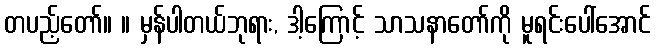
တပည့်တော်။ ။ မှန်ပါတယ်ဘုရား, ဒါ့ကြောင့် သာသနာတော်ကို မူရင်းပေါ်အောင်